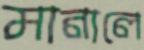
মানালে